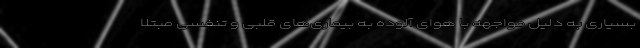
بسیاری به دلیل مواجهه با هوای آلوده به بیماری‌های قلبی و تنفسی مبتلا